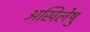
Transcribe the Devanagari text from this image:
अखिलेषु